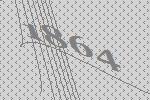
1864